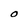
Character: O